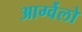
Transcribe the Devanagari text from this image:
आर्ग्वेलो